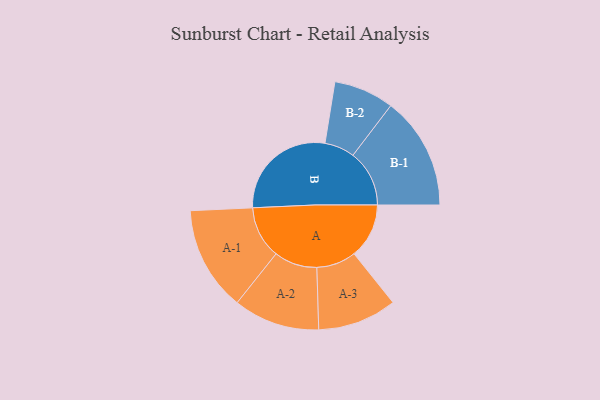
{"axis": {"x": "Segment", "y": "Value"}, "legend": ["", "A", "B"], "data": [{"x": "A", "y": 186, "type": ""}, {"x": "B", "y": 369, "type": ""}, {"x": "A-1", "y": 177, "type": "A"}, {"x": "A-2", "y": 146, "type": "A"}, {"x": "A-3", "y": 134, "type": "A"}, {"x": "B-1", "y": 191, "type": "B"}, {"x": "B-2", "y": 102, "type": "B"}]}